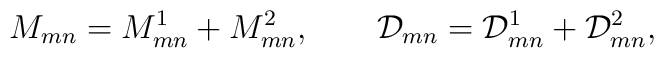
M_{mn}=M^1_{mn}+M^2_{mn},\qquad\mathcal{D}_{mn}=\mathcal{D}^1_{mn}+\mathcal{D}^2_{mn},